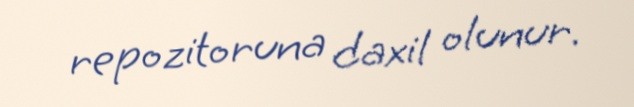
repozitoruna daxil olunur.